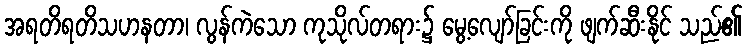
အရတိရတိသဟနတာ၊ လွန်ကဲသော ကုသိုလ်တရား၌ မွေ့လျော်ခြင်းကို ဖျက်ဆီးနိုင် သည်၏